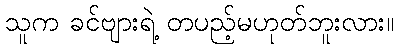
သူက ခင်ဗျားရဲ့ တပည့်မဟုတ်ဘူးလား။